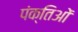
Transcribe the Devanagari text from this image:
पंक्तिओं